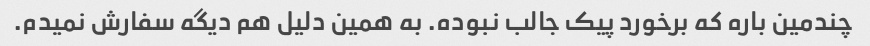
چندمین باره که برخورد پیک جالب نبوده. به همین دلیل هم دیگه سفارش نمیدم.